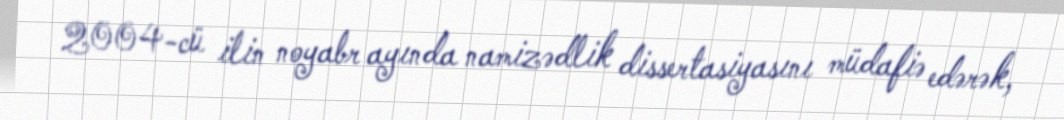
2004-cü ilin noyabr ayında namizədlik dissertasiyasını müdafiə edərək,